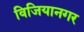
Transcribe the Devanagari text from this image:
विजियानगर